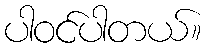
ပါဝင်ပါတယ်။